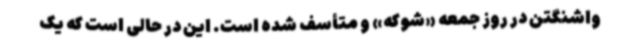
واشنگتن در روز جمعه «شوکه» و متأسف شده است. این در حالی است که یک